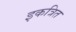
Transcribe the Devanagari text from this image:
इकत्रित